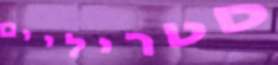
סטריליים